Report on vaccination in Madras 1922-1929 - 1922-1929
Year: 1922
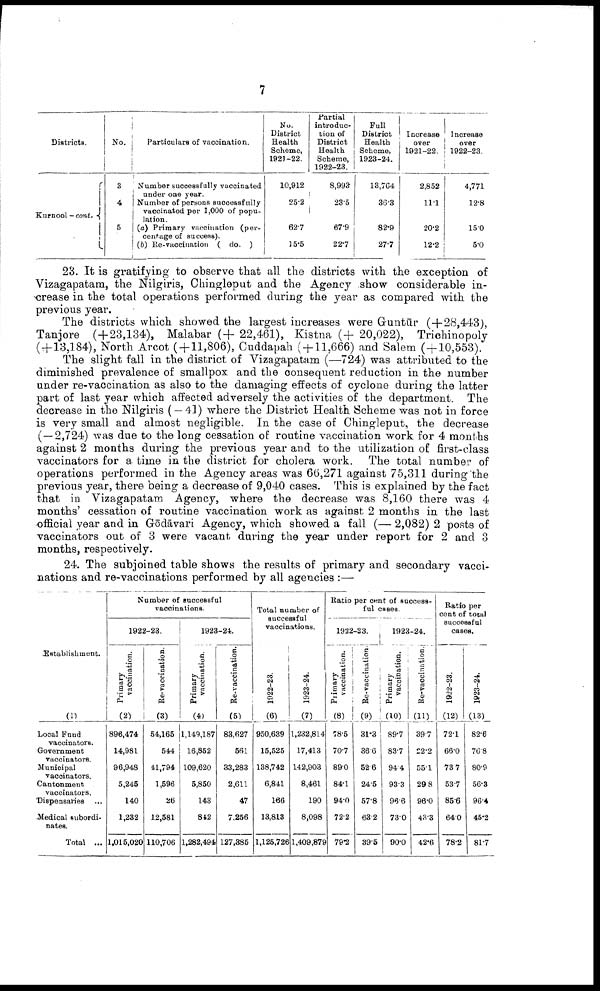
7
Districts.
Kurnool —cont.
No.
3
4
5
Particulars of vaccination.
Number successfully vaccinated
under one year.
Number of persons successfully
vaccinated per 1,000 of popu
lation.
(a) Primary vaccination (per
centage of success).
(b) Re-vaccination ( do. )
No.
District
Health
Scheme,
1921-22.
10,912
25.2
62.7
15.5
Partial
introduc
tion of
District
Health
Scheme,
1922-23.
8,993
23.5
67.9
22.7
Full
District
Health
Scheme,
1923-24.
13,764
36.3
82.9
27.7
Increase
over
1921-22.
2,852
11.1
20.2
12.2
Increase
over
1922-23.
4,771
12.8
15.0
5.0
23. It is gratifying to observe that all the districts with the exception of
Vizagapatam, the Nilgiris, Chingleput and the Agency show considerable in
crease in the total operations performed during the year as compared with the
previous year.
The districts which showed the largest increases were Guntūr (+28,443),
Tanjore (+23,134), Malabar (+ 22,461), Kistna (+ 20,022), Trichinopoly
( + 13,184), North Arcot ( + 11,806), Cuddapah ( + 11,666) and Salem (+10,553).
The slight fall in the district of Vizagapatam (—724) was attributed to the
diminished prevalence of smallpox and the consequent reduction in the number
under re-vaccination as also to the damaging effects of cyclone during the latter
part of last year which affected adversely the activities of the department. The
decrease in the Nilgiris ( — 41) where the District Health Scheme was not in force
is very small and almost negligible. In the case of Chingleput, the decrease
( — 2,724) was due to the long cessation of routine vaccination work for 4 months
against 2 months during the previous year and to the utilization of first-class
vaccinators for a time in the district for cholera work. The total number of
operations performed in the Agency areas was 66,271 against 75,311 during the
previous year, there being a decrease of 9,040 cases. This is explained by the fact
that in Vizagapatam Agency, where the decrease was 8,160 there was 4
months' cessation of routine vaccination work as against 2 months in the last
official year and in Gōdāvari Agency, which showed a fall (— 2,082) 2 posts of
vaccinators out of 3 were vacant during the year under report for 2 and 3
months, respectively.
24. The subjoined table shows the results of primary and secondary vacci
nations and re-vaccinations performed by all agencies :—
Establishment.
(1)
Local Fund
vaccinators.
Government
vaccinators.
Municipal
vaccinators.
Cantonment
vaccinators.
Dispensaries ...
Medical subordi
nates.
Total ...
Number of successful
vaccinations.
1922-23.
Primary
vaccination.
(2)
896,474
14,981
96,948
5,245
140
1,232
1,015,020
Re-vaccination.
(3)
54,165
544
41,794
1,596
26
12,581
110,706
1923-24.
Primary
vaccination.
(4)
1,149,187
16,852
109,620
5,850
143
842
1,282,494
Re-vaccination.
(5)
83,627
561
33,283
2,611
47
7,256
127,385
Total number of
successful
vaccinations.
1922-23.
(6)
950,639
15,525
138,742
6,841
166
13,813
1,125,726
1923-24.
(7)
1,232,814
17,413
142,903
8,461
190
8,098
1,409,879
Ratio per cent of success
ful cases.
1922-23.
Primary
vaccination.
Re-vaccination.
(8)
78.5
70.7
89.0
84.1
94.0
72.2
79.2
(9)
31.3
36.6
52.6
24.5
57.8
63.2
39.5
1923-24.
Primary
vaccination.
(10)
89.7
83.7
94.4
93.3
96.6
73.0
90.0
Re-vaccination.
(11)
39.7
22.2
55.1
29.8
96.0
43.3
42.6
Ratio per
cent of total
successful
cases.
1922-23.
(12)
72.1
66.0
73.7
53.7
85.6
64.0
78.2
1923-24.
(13)
82.6
76.8
80.9
56.3
96.4
45.2
81.7